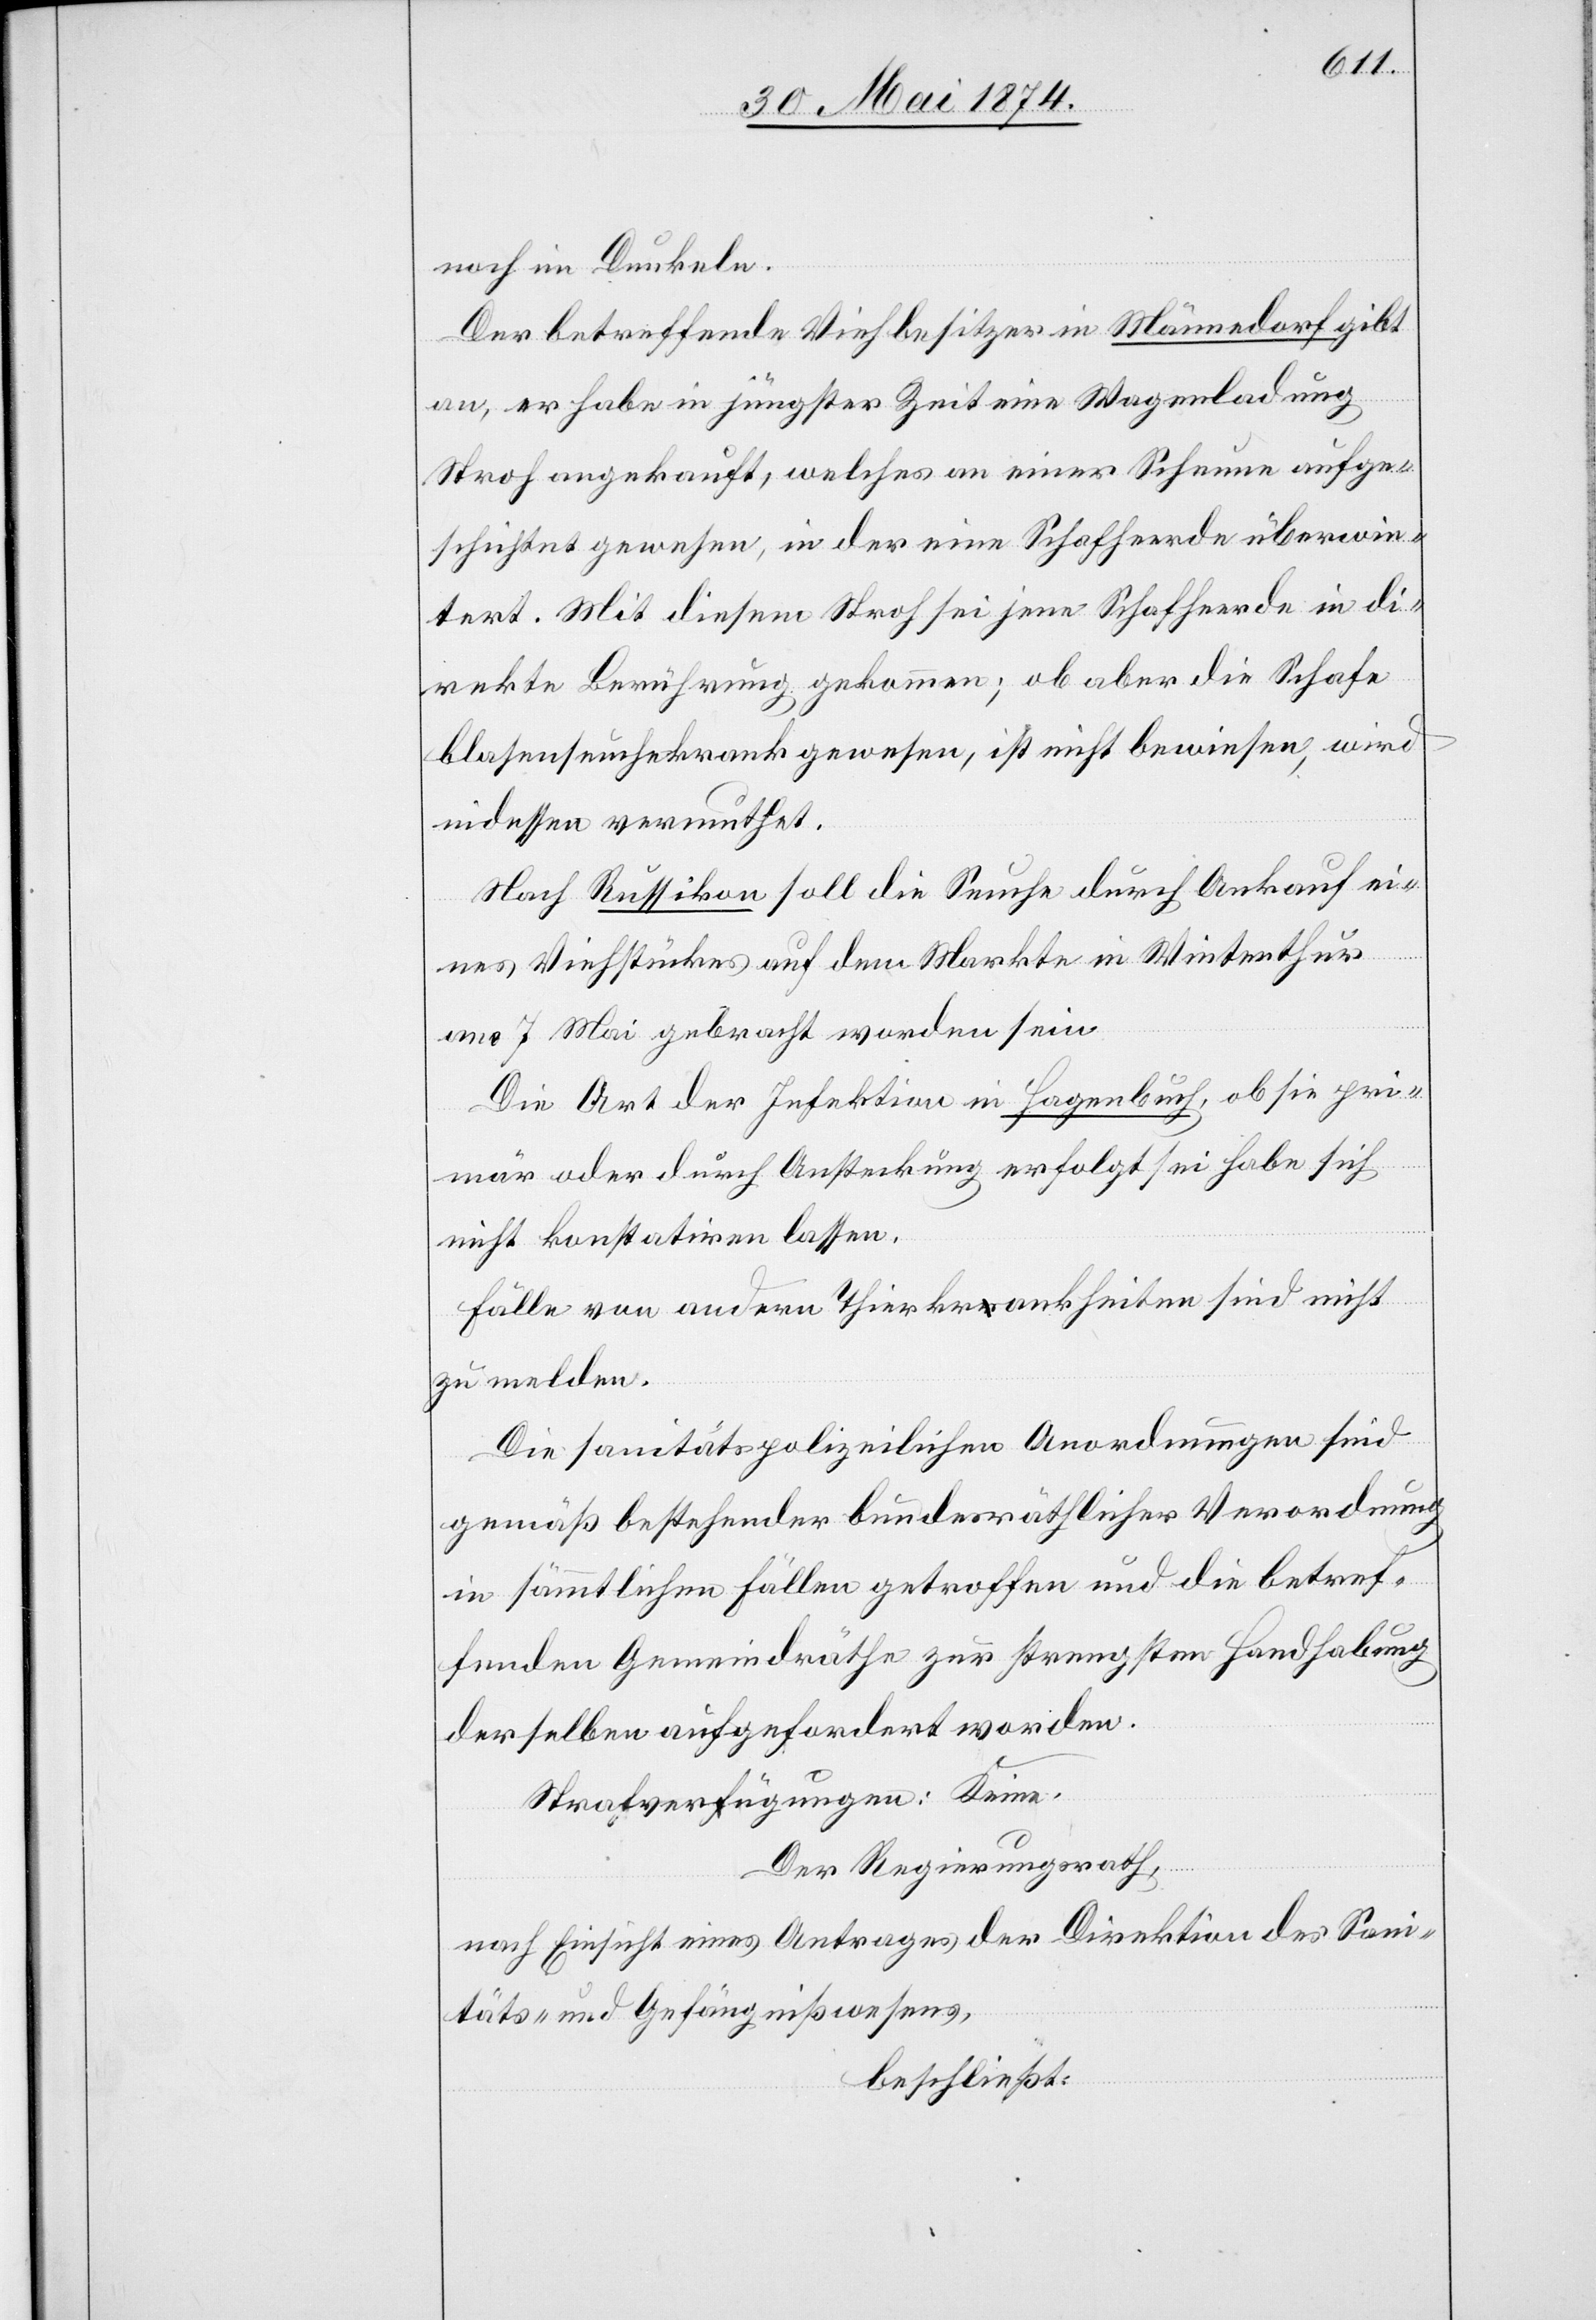
tert.
noch im Dunkeln.
Der betreffende Viehbesitzer in Männedorf gibt
an, er habe in jüngster Zeit eine Wagenladung
Stroh angekauft, welches an einer Scheune aufge¬
schichtet gewesen, in der eine Schafherde überwin¬
Nach Russikon soll die Seuche durch Ankauf ei¬
nes Viehstückes auf dem Markte in Winterthur
am 7. Mai gebracht worden sein.
Die Art der Infektion in Hagenbuch, ob sie pri¬
mär oder durch Ansteckung erfolgt sei habe sich
nicht konstatiren lassen.
Fälle von andern Thierkrankheiten sind nicht
zu melden.
Die sanitätspolizeilichen Anordnungen sind
gemäß bestehender bundesräthlicher Verordnung
in sämmtlichen Fällen getroffen und die betref¬
fenden Gemeindräthe zur strengsten Handhabung
derselben aufgefordert worden.
Strafverfügungen: Keine.
Der Regierungsrath,
nach Einsicht eines Antrages der Direktion des Sani¬
täts- und Gefängnißwesens,
beschließt: